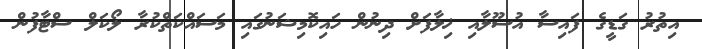
އިތުރު ގަޑީގެ ފައިސާ އުސޫލާއި ޚިލާފަށް ދިނުން ހައިކޮމިޝަނުގައި މަސައްކަތްކުރާ ލޯކަލް ސްޓާފުން